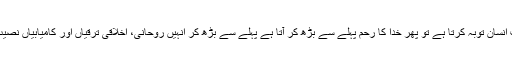
کیونکہ جب انسان توبہ کرتا ہے تو پھر خدا کا رحم پہلے سے بڑھ کر آتا ہے پہلے سے بڑھ کر انہیں روحانی، اخلاقی ترقیاں اور کامیابیاں نصیب ہوتی ہیں۔